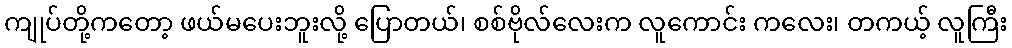
ကျုပ်တို့ကတော့ ဖယ်မပေးဘူးလို့ ပြောတယ်၊ စစ်ဗိုလ်လေးက လူကောင်း ကလေး၊ တကယ့် လူကြီး